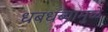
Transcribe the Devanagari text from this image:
धबधब्यामुळे